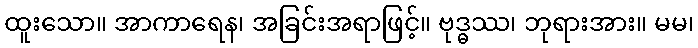
ထူးသော။ အာကာရေန၊ အခြင်းအရာဖြင့်။ ဗုဒ္ဓဿ၊ ဘုရားအား။ မမ၊